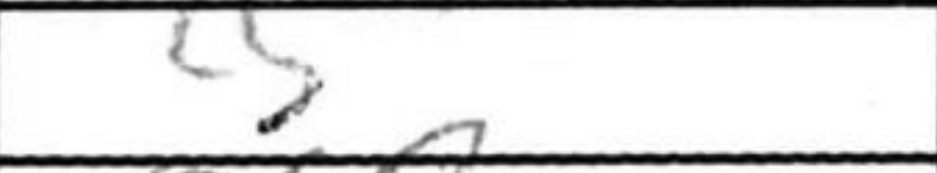
Transcription: c5